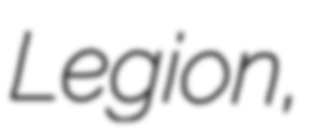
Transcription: Legion,